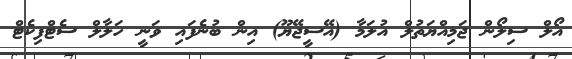
އޯލް ސިލޯން ޖަމިއްޔަތުލް އުލަމާ (އޭސީޖޭޔޫ) އިން ބުނެފައި ވަނީ ހަލާލް ސެޓްފިކެޓް